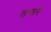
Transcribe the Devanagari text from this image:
तगारे